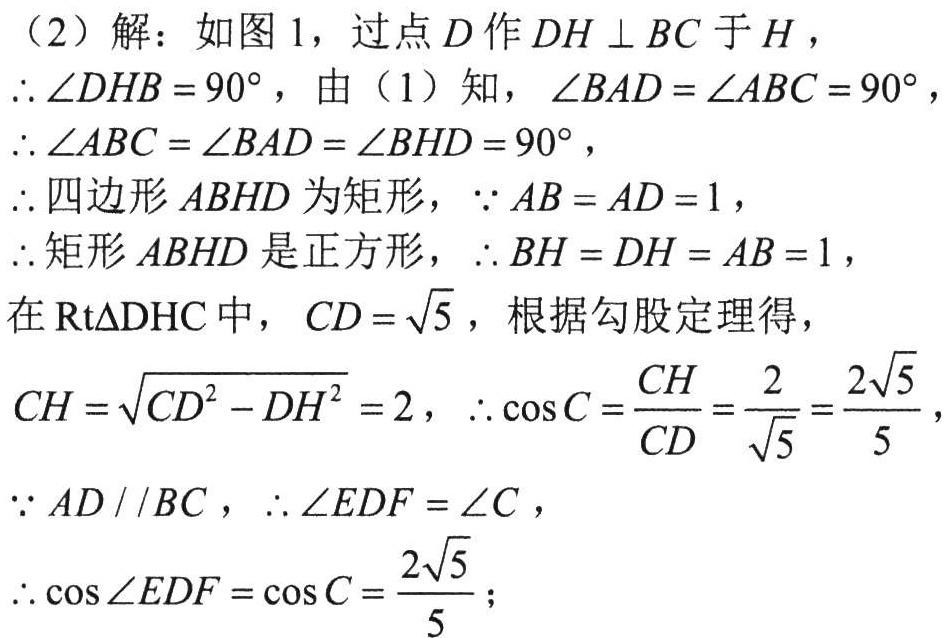
（2）解：如图1，过点\(D\)作\(DH\perp BC\)于\(H\)，
\(\therefore \angle DHB = 90^{\circ}\)，由（1）知，\(\angle BAD=\angle ABC = 90^{\circ}\)，
\(\therefore \angle ABC=\angle BAD=\angle BHD = 90^{\circ}\)，
\(\therefore\)四边形\(ABHD\)为矩形，\(\because AB = AD = 1\)，
\(\therefore\)矩形\(ABHD\)是正方形，\(\therefore BH = DH = AB = 1\)，
在\(\text{Rt}\triangle DHC\)中，\(CD=\sqrt{5}\)，根据勾股定理得，
\(CH=\sqrt{CD^{2}-DH^{2}} = 2\)，\(\therefore \cos C=\dfrac{CH}{CD}=\dfrac{2}{\sqrt{5}}=\dfrac{2\sqrt{5}}{5}\)，
\(\because AD\parallel BC\)，\(\therefore \angle EDF=\angle C\)，
\(\therefore \cos\angle EDF=\cos C=\dfrac{2\sqrt{5}}{5}\)；